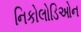
નિકોલોડિઓન